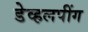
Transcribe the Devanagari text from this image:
डेव्हलपींग